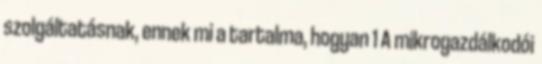
szolgáltatásnak, ennek mi a tartalma, hogyan 1 A mikrogazdálkodói